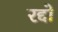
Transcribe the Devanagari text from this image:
रद्दो